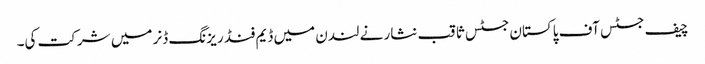
چیف جسٹس آف پاکستان جسٹس ثاقب نثار نے لندن میں ڈیم فنڈ ریزنگ ڈنر میں شرکت کی۔